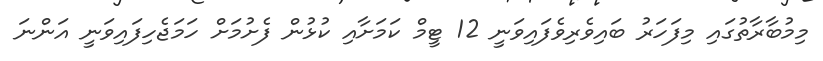
މިމުބާރާތުގައި މިފަހަރު ބައިވެރިވެފައިވަނީ 12 ޓީމް ކަމަށާއި ކުޅުން ފެށުމަށް ހަމަޖެހިފައިވަނީ އަންނަ